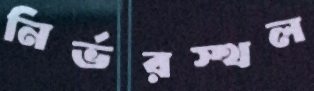
নির্ভরস্থল